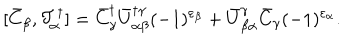
LaTeX: [ \bar { C } _ { \beta } , { \cal T } _ { \alpha } ^ { \dagger } ] = \bar { C } _ { \gamma } ^ { \dagger } \bar { U } _ { \alpha \beta } ^ { \dagger \gamma } ( - 1 ) ^ { \varepsilon _ { \beta } } + \bar { U } _ { \beta \alpha } ^ { \gamma } \bar { C } _ { \gamma } ( - 1 ) ^ { \varepsilon _ { \alpha } } .